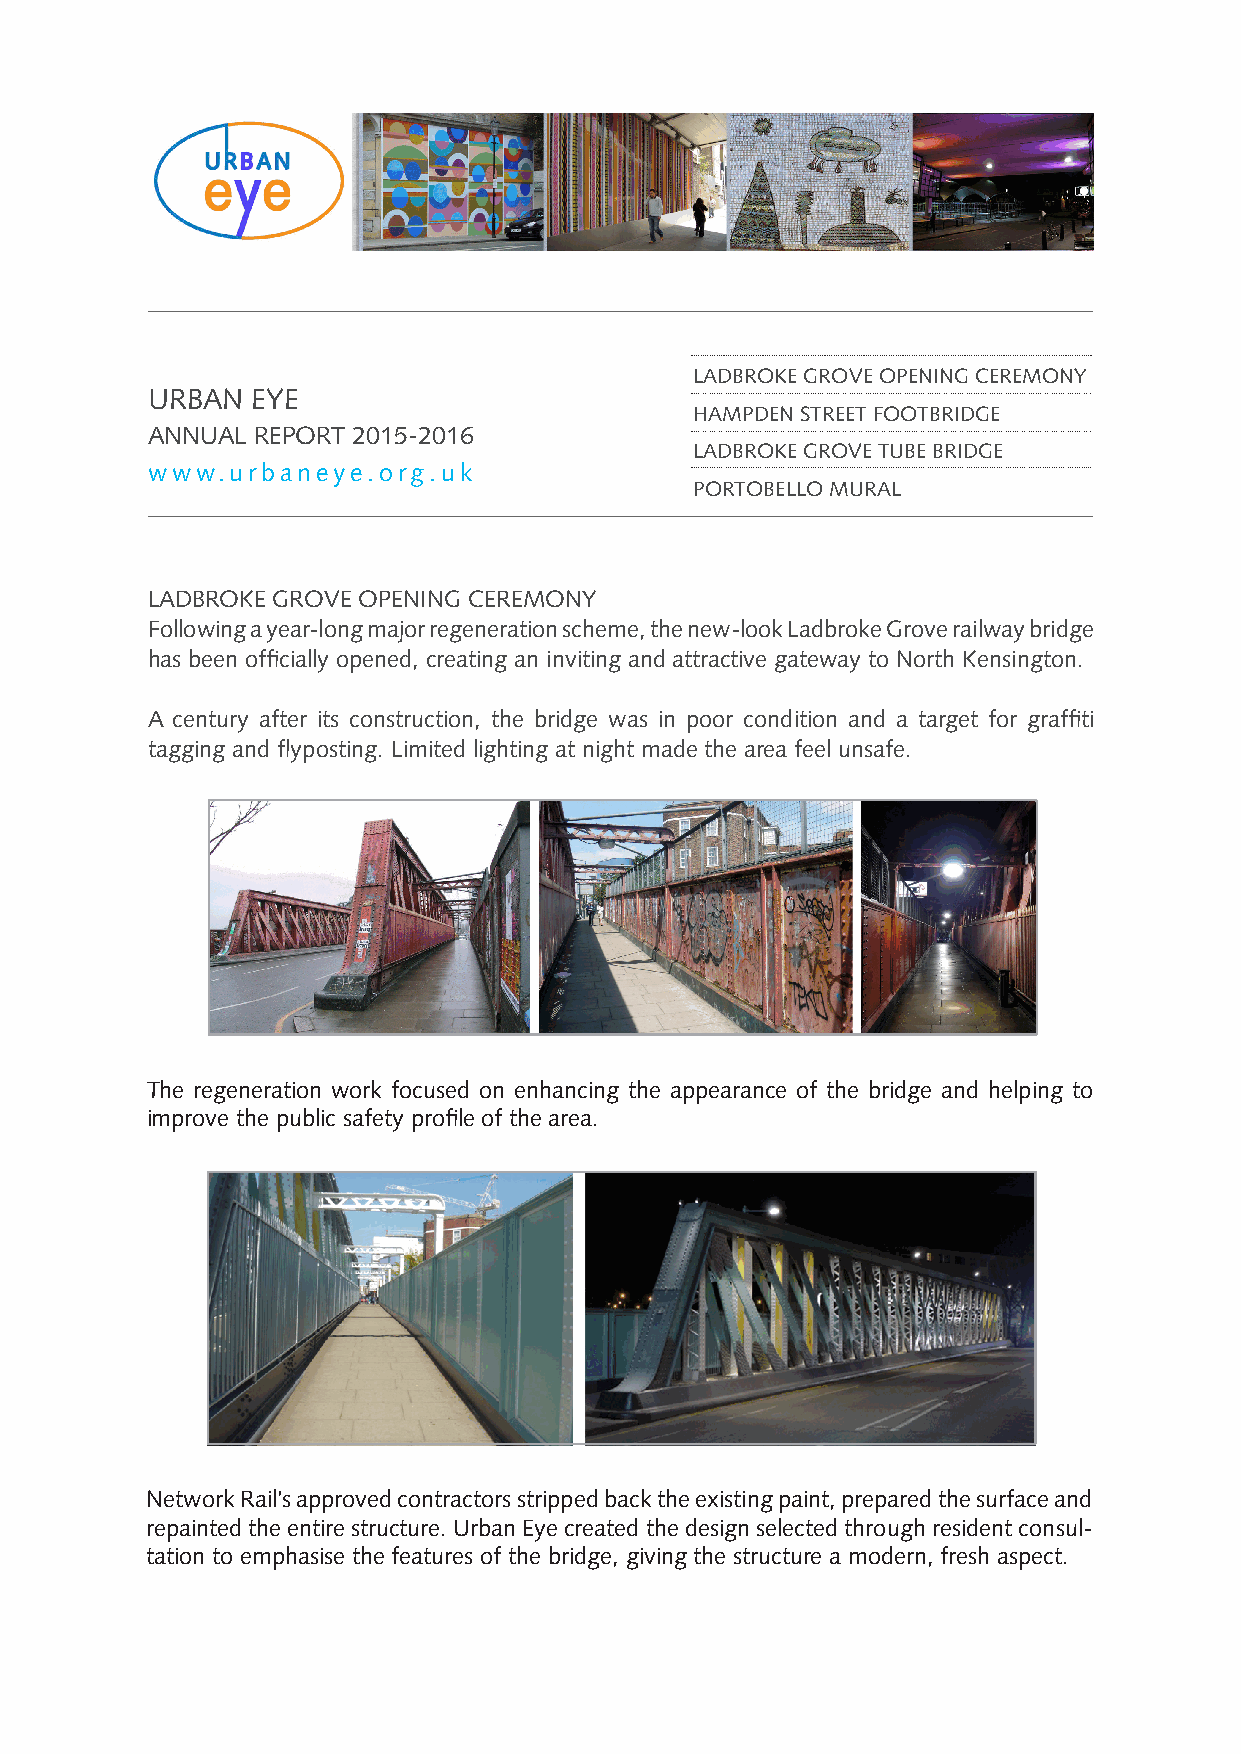
LADBROKE GROVE OPENING CEREMONY
 URBAN  EYE
 HAMPDEN STREET FOOTBRIDGE
 ANNUAL REPORT 2015-2016
 LADBROKE GROVE TUBE BRIDGE
 www.urbaneye.org.uk
 PORTOBELLO MURAL
 LADBROKE GROVE OPENING CEREMONY
 Following a year-long major regeneration scheme, the new-look Ladbroke Grove railway bridge
 has been officially opened, creating an inviting and attractive gateway to North Kensington.
 A century after its construction, the bridge was in poor condition and a target for graffiti
 tagging and flyposting. Limited lighting at night made the area feel unsafe.
 The regeneration work focused on enhancing the appearance of the bridge and helping to
 improve the public safety profile of the area.
 Network Rail’s approved contractors stripped back the existing paint, prepared the surface and
 repainted the entire structure. Urban Eye created the design selected through resident consul-
 tation to emphasise the features of the bridge, giving the structure a modern, fresh aspect.